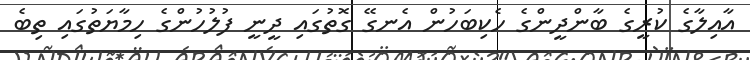
އާއިލާގެ ކުރީގެ ބާންދީންގެ ހެކިބަހުން އެނގޭ ގޮތުގައި ދީނީ ފުލުހުންގެ ހިމާޔަތުގައި ތިބެ